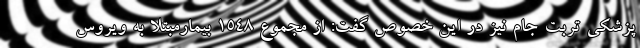
پزشکی تربت جام نیز در این خصوص گفت: از مجموع ۱۵۴۸ بیمارمبتلا به ویروس